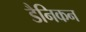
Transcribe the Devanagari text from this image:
डैनिकन